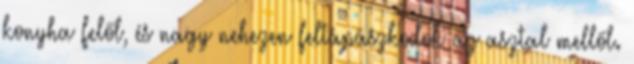
konyha felől, és nagy nehezen feltápászkodok az asztal mellől.